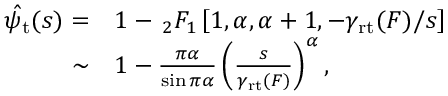
\begin{array} { r l } { \hat { \psi _ { \mathrm { t } } } ( s ) = } & { { } 1 - \, _ { 2 } F _ { 1 } \left[ 1 , \alpha , \alpha + 1 , - \gamma _ { \mathrm { r t } } ( F ) / s \right] } \\ { \sim } & { { } 1 - \frac { \pi \alpha } { \sin \pi \alpha } \left( \frac { s } { \gamma _ { \mathrm { r t } } ( F ) } \right) ^ { \alpha } , } \end{array}